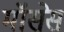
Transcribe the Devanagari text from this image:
मॉसेस